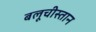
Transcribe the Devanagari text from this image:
बलूचीस्तान